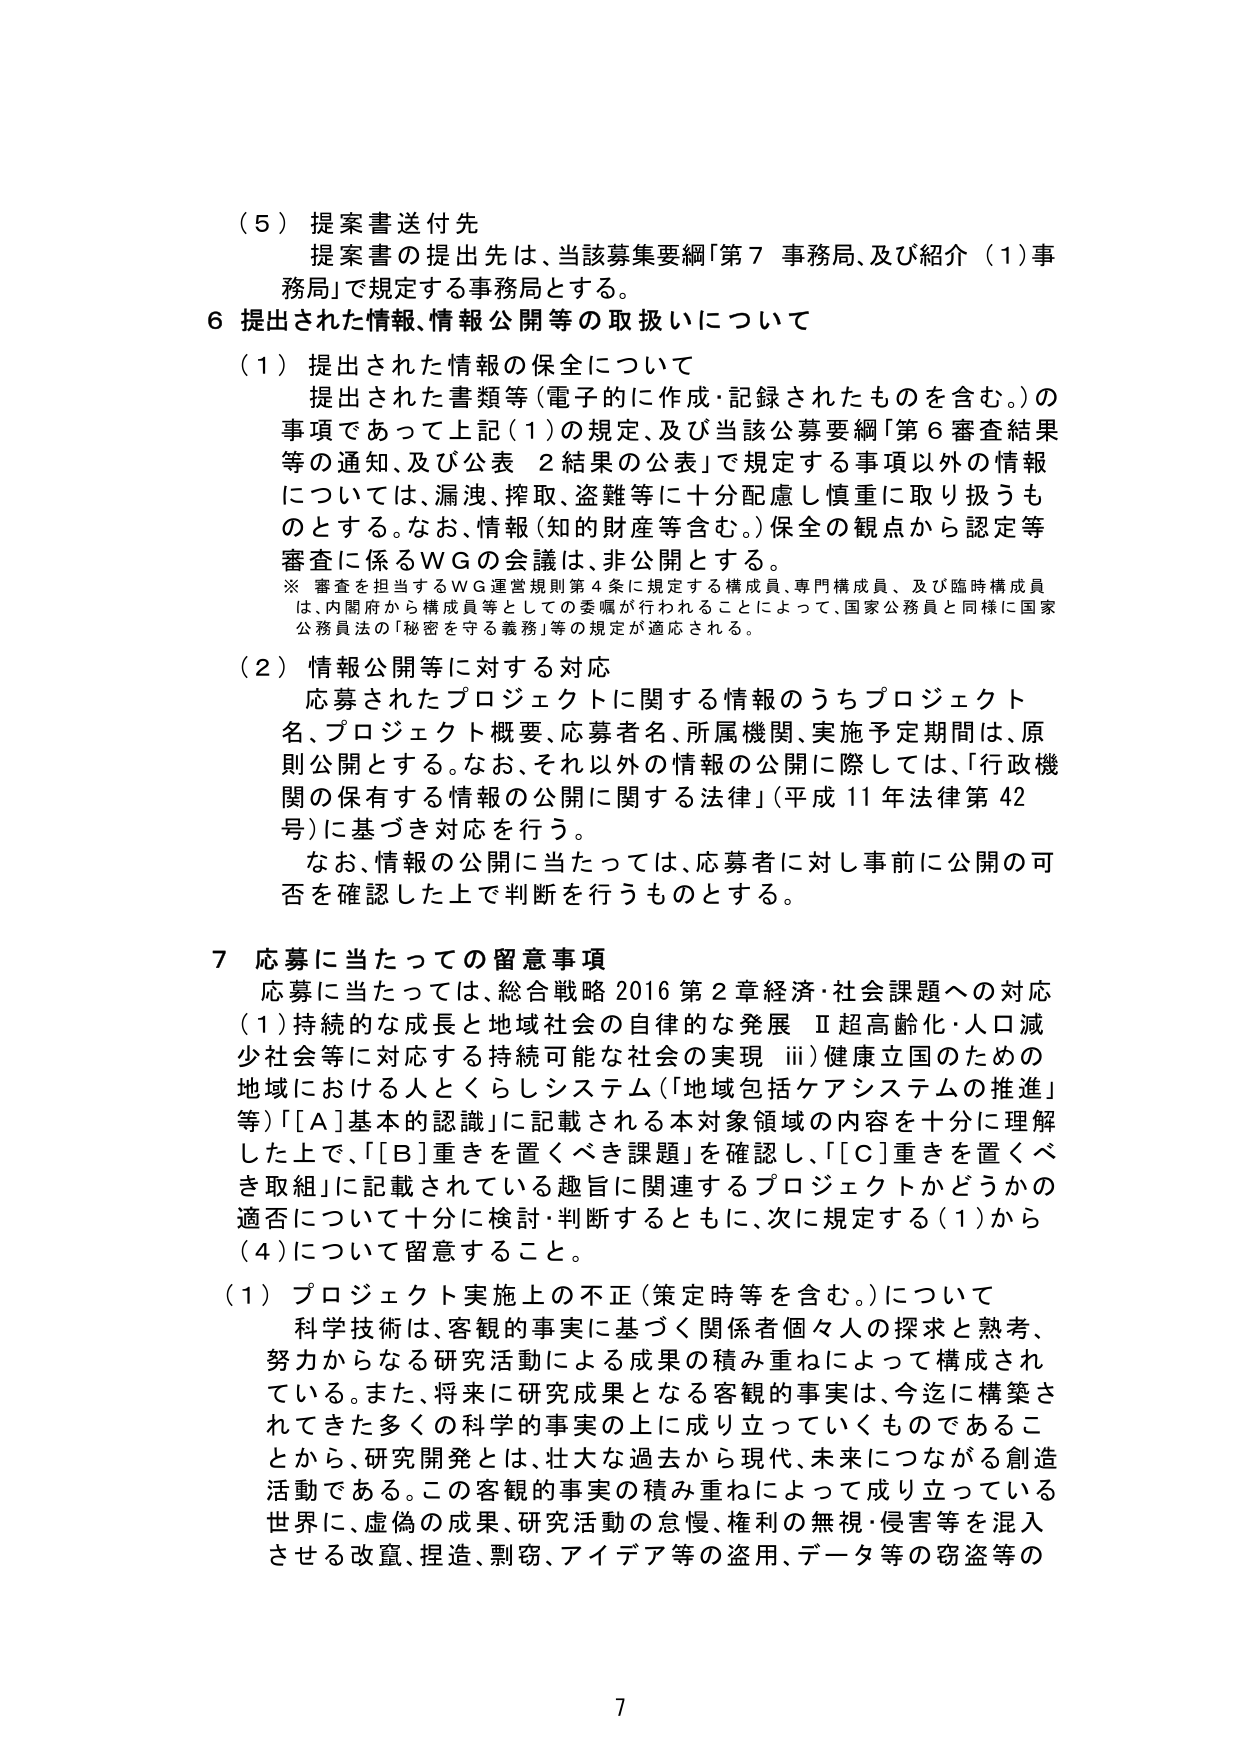
（５）提案書送付先
提案書の提出先は、当該募集要綱「第７ 事務局、及び紹介（１）事務局」で規定する事務局とする。

６ 提出された情報、情報公開等の取扱いについて

（１）提出された情報の保全について
提出された書類等（電子的に作成・記録されたものを含む。）の事項であって上記（１）の規定、及び当該公募要綱「第６審査結果等の通知、及び公表 ２結果の公表」で規定する事項以外の情報については、漏洩、搾取、盗難等に十分配慮し慎重に取り扱うものとする。なお、情報（知的財産等含む。）保全の観点から認定等審査に係るＷＧの会議は、非公開とする。
※ 審査を担当するＷＧ運営規則第４条に規定する構成員、専門構成員、及び臨時構成員は、内閣府から構成員等としての委嘱が行われることによって、国家公務員と同様に国家公務員法の「秘密を守る義務」等の規定が適応される。

（２）情報公開等に対する対応
応募されたプロジェクトに関する情報のうちプロジェクト名、プロジェクト概要、応募者名、所属機関、実施予定期間は、原則公開とする。なお、それ以外の情報の公開に際しては、「行政機関の保有する情報の公開に関する法律」（平成11年法律第42号）に基づき対応を行う。
なお、情報の公開に当たっては、応募者に対し事前に公開の可否を確認した上で判断を行うものとする。

７ 応募に当たっての留意事項
応募に当たっては、総合戦略2016第2章経済・社会課題への対応（１）持続的な成長と地域社会の自律的な発展 Ⅱ超高齢化・人口減少社会等に対応する持続可能な社会の実現 ⅲ）健康立国のための地域における人とくらしシステム（「地域包括ケアシステムの推進」等）「[Ａ]基本的認識」に記載される本対象領域の内容を十分に理解した上で、「[Ｂ]重きを置くべき課題」を確認し、「[Ｃ]重きを置くべき取組」に記載されている趣旨に関連するプロジェクトかどうかの適否について十分に検討・判断するとともに、次に規定する（１）から（４）について留意すること。

（１）プロジェクト実施上の不正（策定時等を含む。）について
科学技術は、客観的事実に基づく関係者個々人の探求と熟考、努力からなる研究活動による成果の積み重ねによって構成されている。また、将来に研究成果となる客観的事実は、今迄に構築されてきた多くの科学的事実の上に成り立っていくものであることから、研究開発とは、壮大な過去から現代、未来につながる創造活動である。この客観的事実の積み重ねによって成り立っている世界に、虚偽の成果、研究活動の怠慢、権利の無視・侵害等を混入させる改竄、捏造、剽窃、アイデア等の盗用、データ等の窃盗等の

7